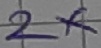
Text: 2X